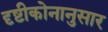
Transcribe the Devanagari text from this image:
दृष्टीकोनानुसार